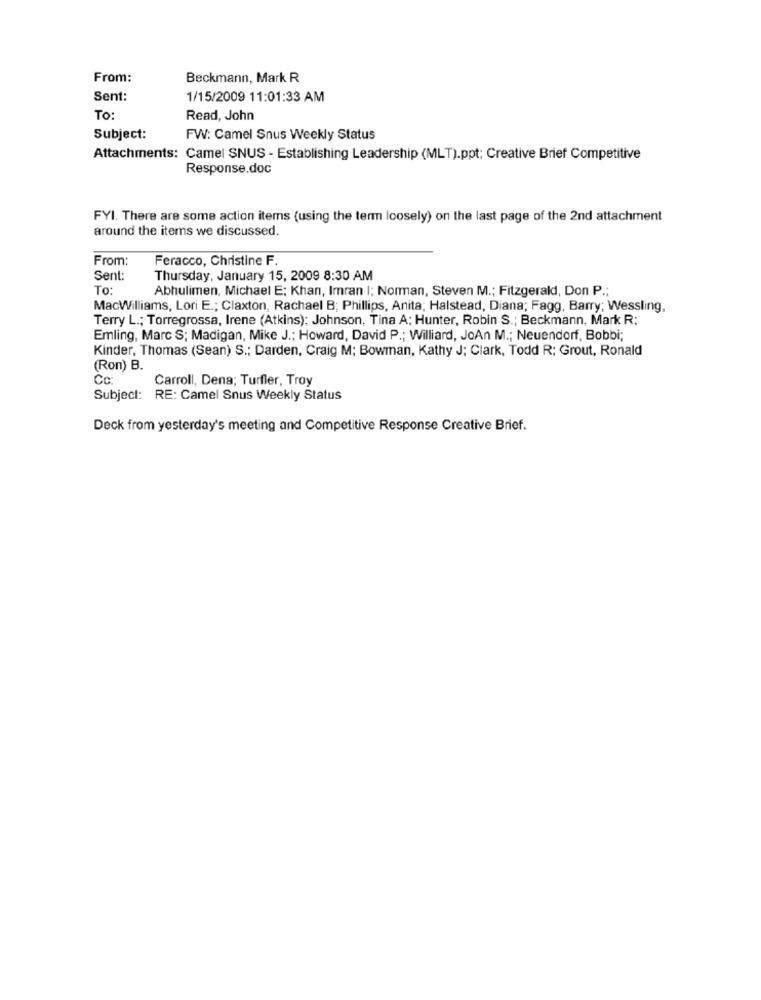
From:
Beckmann, Mark R
Sent:
1/15/2009 11:01:33 AM
To:
Read, John
Subject:
FW: Camel Snus Weekly Status
Attachments: Camel SNUS - Establishing Leadership (MLT).ppt; Creative Brief Competitive
Response.doc
FYI. There are some action items (using the term loosely) on the last page of the 2nd attachment
around the items we discussed.
From:
Feracco, Christine F.
Sent:
Thursday, January 15, 2009 8:30 AM
To:
Abhulimen, Michael E; Khan, Imran I; Norman, Steven M .; Fitzgerald, Don P .;
MacWilliams, Lori E .; Claxton, Rachael B; Phillips, Anita; Halstead, Diana; Fagg, Barry; Wessling,
Terry L .; Torregrossa, Irene (Atkins); Johnson, Tina A; Hunter, Robin S .; Beckmann, Mark R:
Emling, Marc S; Madigan, Mike J .; Howard, David P .; Williard, JoAn M .; Neuendorf, Bobbi;
Kinder, Thomas (Sean) S .; Darden, Craig M; Bowman, Kathy J; Clark, Todd R; Grout, Ronald
(Ron) B.
Cc
Carroll, Dena; Turfler, Troy
Subject: RE: Camel Snus Weekly Status
Deck from yesterday's meeting and Competitive Response Creative Brief.